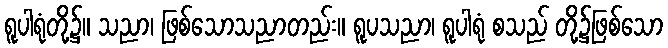
ရူပါရုံတို့၌။ သညာ၊ ဖြစ်သောသညာတည်း။ ရူပသညာ၊ ရူပါရုံ စသည် တို့၌ဖြစ်သော